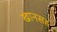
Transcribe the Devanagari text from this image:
खानसह